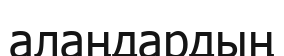
алаңдардың